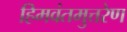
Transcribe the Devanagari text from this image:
हिमवंतमुत्तरेण